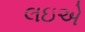
લઇએ